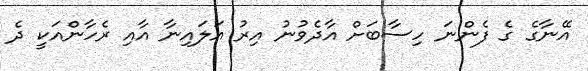
އޭނާގެ ގެ ފެންނަ ހިސާބަށް އާދެވުނު އިރު އަލައިނާ އާއި ރެހާންއަކީ ދެ